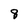
Character: 8